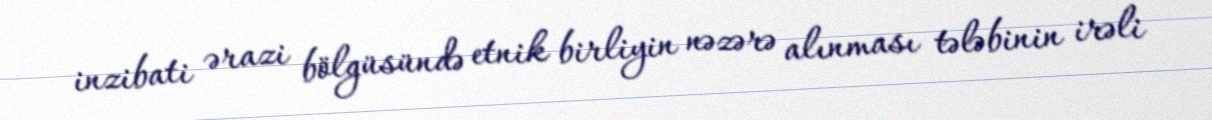
inzibati ərazi bölgüsündə etnik birliyin nəzərə alınması tələbinin irəli